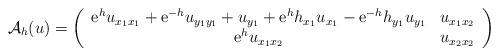
LaTeX: \begin{align*}\mathcal{A}_{h}(u)=\left(\begin{array}{cc}{\rm e}^h u_{x_1x_1}+{\rm e}^{-h}u_{y_1y_1}+u_{y_1}+ {\rm e}^h h_{x_1}u_{x_1}-{\rm e}^{-h} h_{y_1} u_{y_1} & u_{x_1x_2}\\{\rm e}^{h}u_{x_1x_2} & u_{x_2x_2}\end{array}\right)\end{align*}